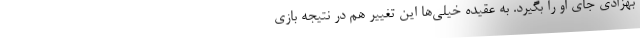
بهزادی جای او را بگیرد. به عقیده خیلی‌ها این تغییر هم در نتیجه بازی